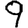
Digit: 9